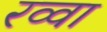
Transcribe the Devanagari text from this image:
रव्वा